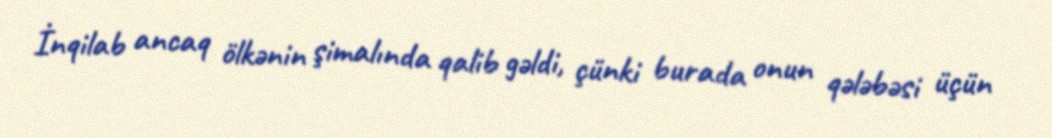
İnqilab ancaq ölkənin şimalında qalib gəldi, çünki burada onun qələbəsi üçün